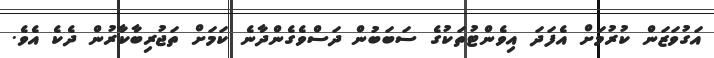
އަގުވަޒަން ކުރުމަށް އެފަދަ އިވެންޓުތަކުގެ ސަބަބުން ދަސްވެގެންދާނެ ކަމަށް ތަޖުރިބާކާރުން ދެކެ އެވެ.